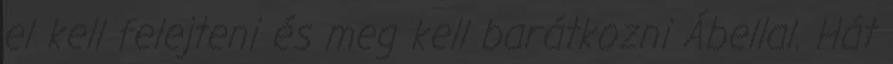
el kell felejteni és meg kell barátkozni Ábellal. Hát